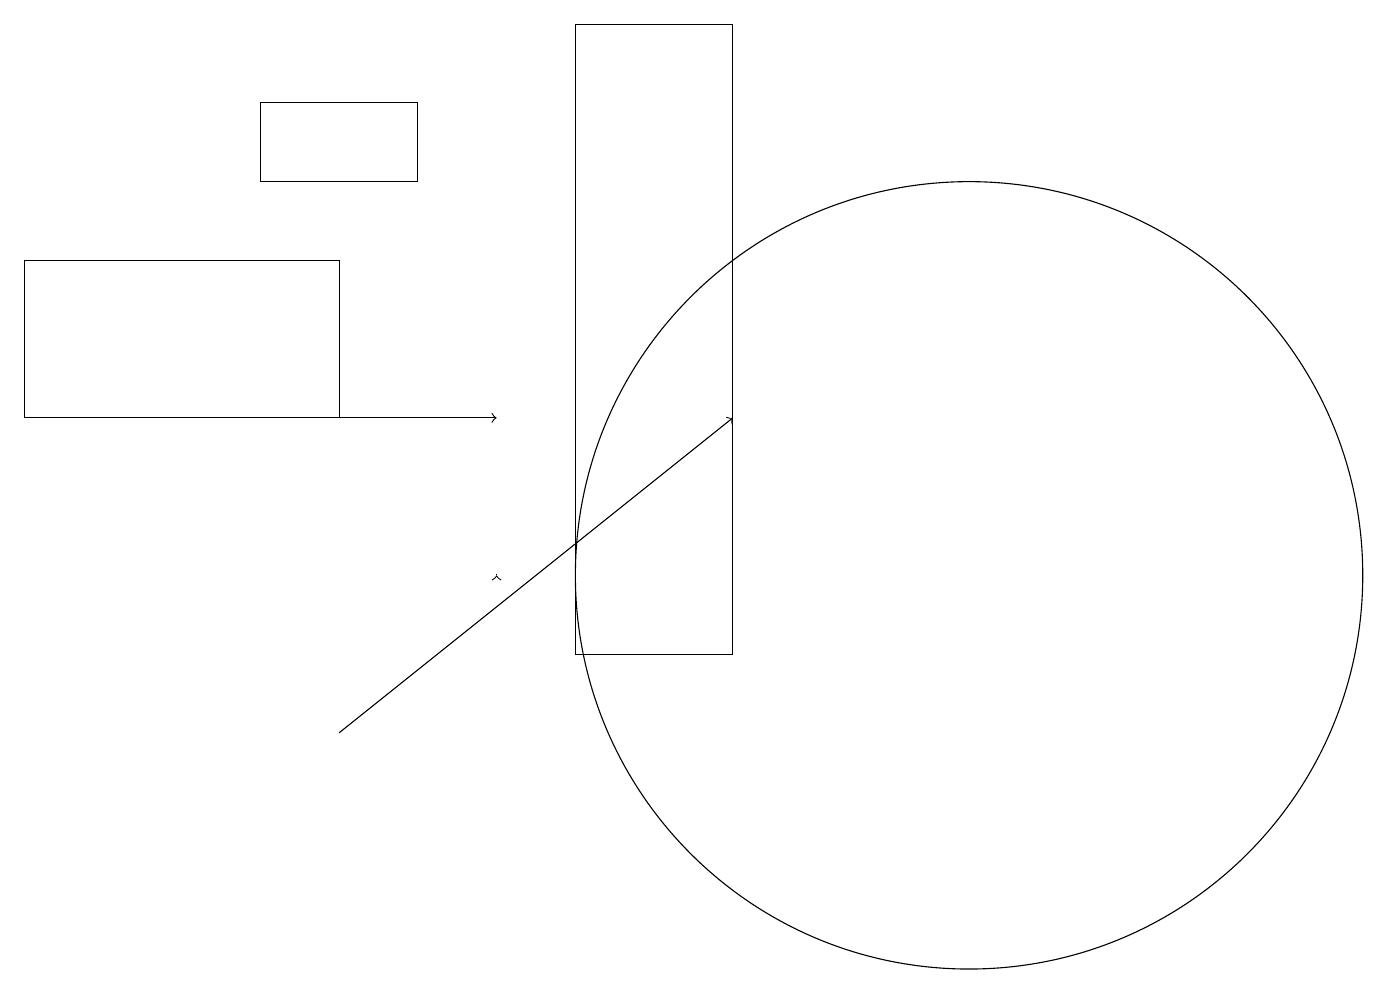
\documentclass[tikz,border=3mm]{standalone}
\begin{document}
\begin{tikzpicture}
\draw (12,12) circle (5);
\draw[->] (4,14) -- (6,14);
\draw (3,17) rectangle (5,18);
\draw[->] (6,12) -- (6,12);
\draw (4,16) rectangle (0,14);
\draw (7,11) rectangle (9,19);
\draw[->] (4,10) -- (9,14);
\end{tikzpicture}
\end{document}